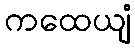
ကထေယျံ